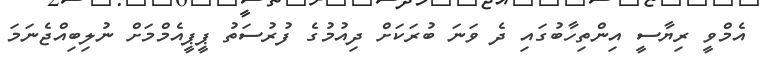
އެމްވީ ރިޔާސީ އިންތިހާބުގައި ދެ ވަނަ ބުރަކަށް ދިއުމުގެ ފުރުސަތު ޕީޕީއެމްމަށް ނުލިބިއްޖެނަމަ